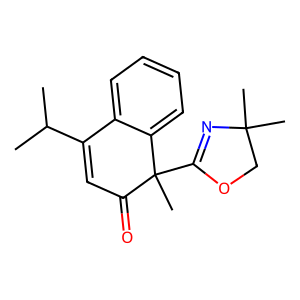
SMILES: CC(C)C1=CC(=O)C(C)(C2=NC(C)(C)CO2)c2ccccc21
Inhibits HIV replication: No